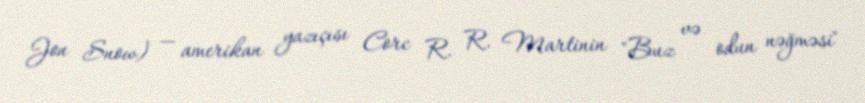
Jon Snow) — amerikan yazıçısı Corc R. R. Martinin "Buz və odun nəğməsi"